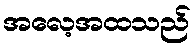
အလေ့အထသည်